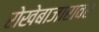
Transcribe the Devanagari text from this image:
रोखेबाजारावर